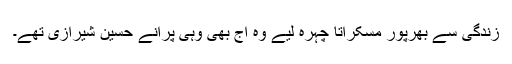
زندگی سے بھرپور مسکراتا چہرہ لیے وہ آج بھی وہی پرانے حسین شیرازی تھے۔